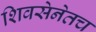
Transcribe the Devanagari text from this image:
शिवसेनेतच